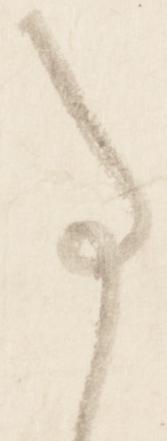
事